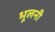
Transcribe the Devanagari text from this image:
भूलनी